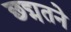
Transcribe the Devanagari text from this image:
छद्मतने